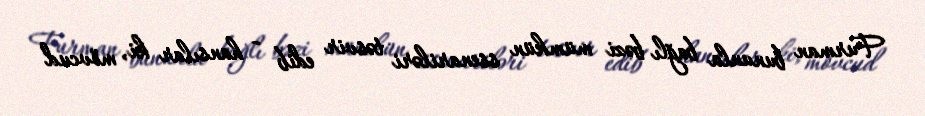
Furman bununla bağlı bəzi mümkün ssenariləri təsvir edib - hansılar ki, mövcud